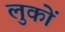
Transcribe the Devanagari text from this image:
लुकों